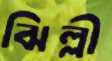
ঝিল্লী